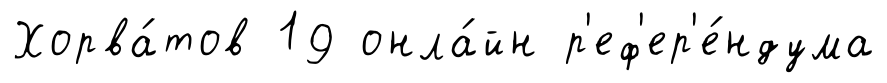
Хорва́тов 19 онла́йн р'еф'ер'е́ндума